Problem: 46 + 33 = ?
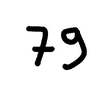
Handwritten answer: 79